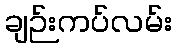
ချဉ်းကပ်လမ်း